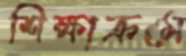
শিক্ষাক্রমে